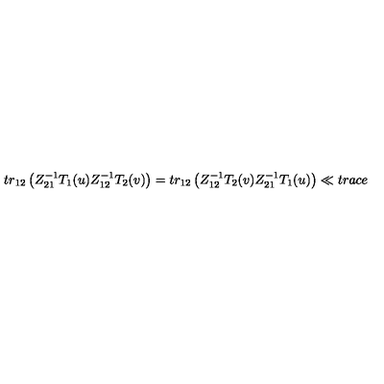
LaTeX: t r _ { 1 2 } \left( Z _ { 2 1 } ^ { - 1 } T _ { 1 } ( u ) Z _ { 1 2 } ^ { - 1 } T _ { 2 } ( v ) \right) = t r _ { 1 2 } \left( Z _ { 1 2 } ^ { - 1 } T _ { 2 } ( v ) Z _ { 2 1 } ^ { - 1 } T _ { 1 } ( u ) \right) \ll { t r a c e }